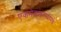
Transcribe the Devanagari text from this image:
एकमेकांदरम्यानचे